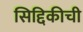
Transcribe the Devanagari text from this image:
सिद्दिकीची